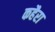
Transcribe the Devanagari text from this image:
कहैरा